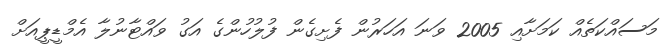
މަސައްކަތެއް ކަމަށާއި 2005 ވަނަ އަހަރުން ފެށިގެން ފުލުހުންގެ އަގު ވައްޓާނުލާ އެމްޑީޕީއަށް